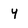
Character: y